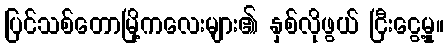
ပြင်သစ်တောမြို့ကလေးများ၏ နှစ်လိုဖွယ် ငြီးငွေ့မှု။